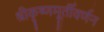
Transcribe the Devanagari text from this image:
श्रीकृष्णमूर्तीवर्णन